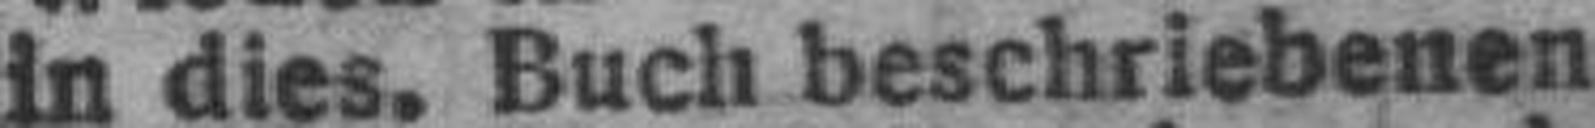
in dies. Buch beschriebenen